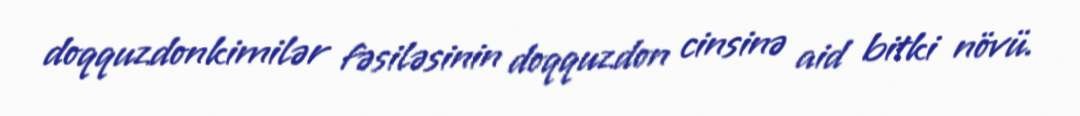
doqquzdonkimilər fəsiləsinin doqquzdon cinsinə aid bitki növü.